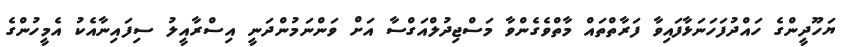
ޔަހޫދީންގެ ހައްދުފަހަނަޅާފައިވާ ފަރާތްތައް މާތްވެގެންވާ މަސްޖިދުލްއަގްސާ އަށް ވަންނަމުންދަނީ އިސްރާއީލު ސިފައިނާއެކު އެމީހުންގެ